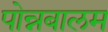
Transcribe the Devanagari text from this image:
पोन्नबालम